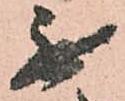
無